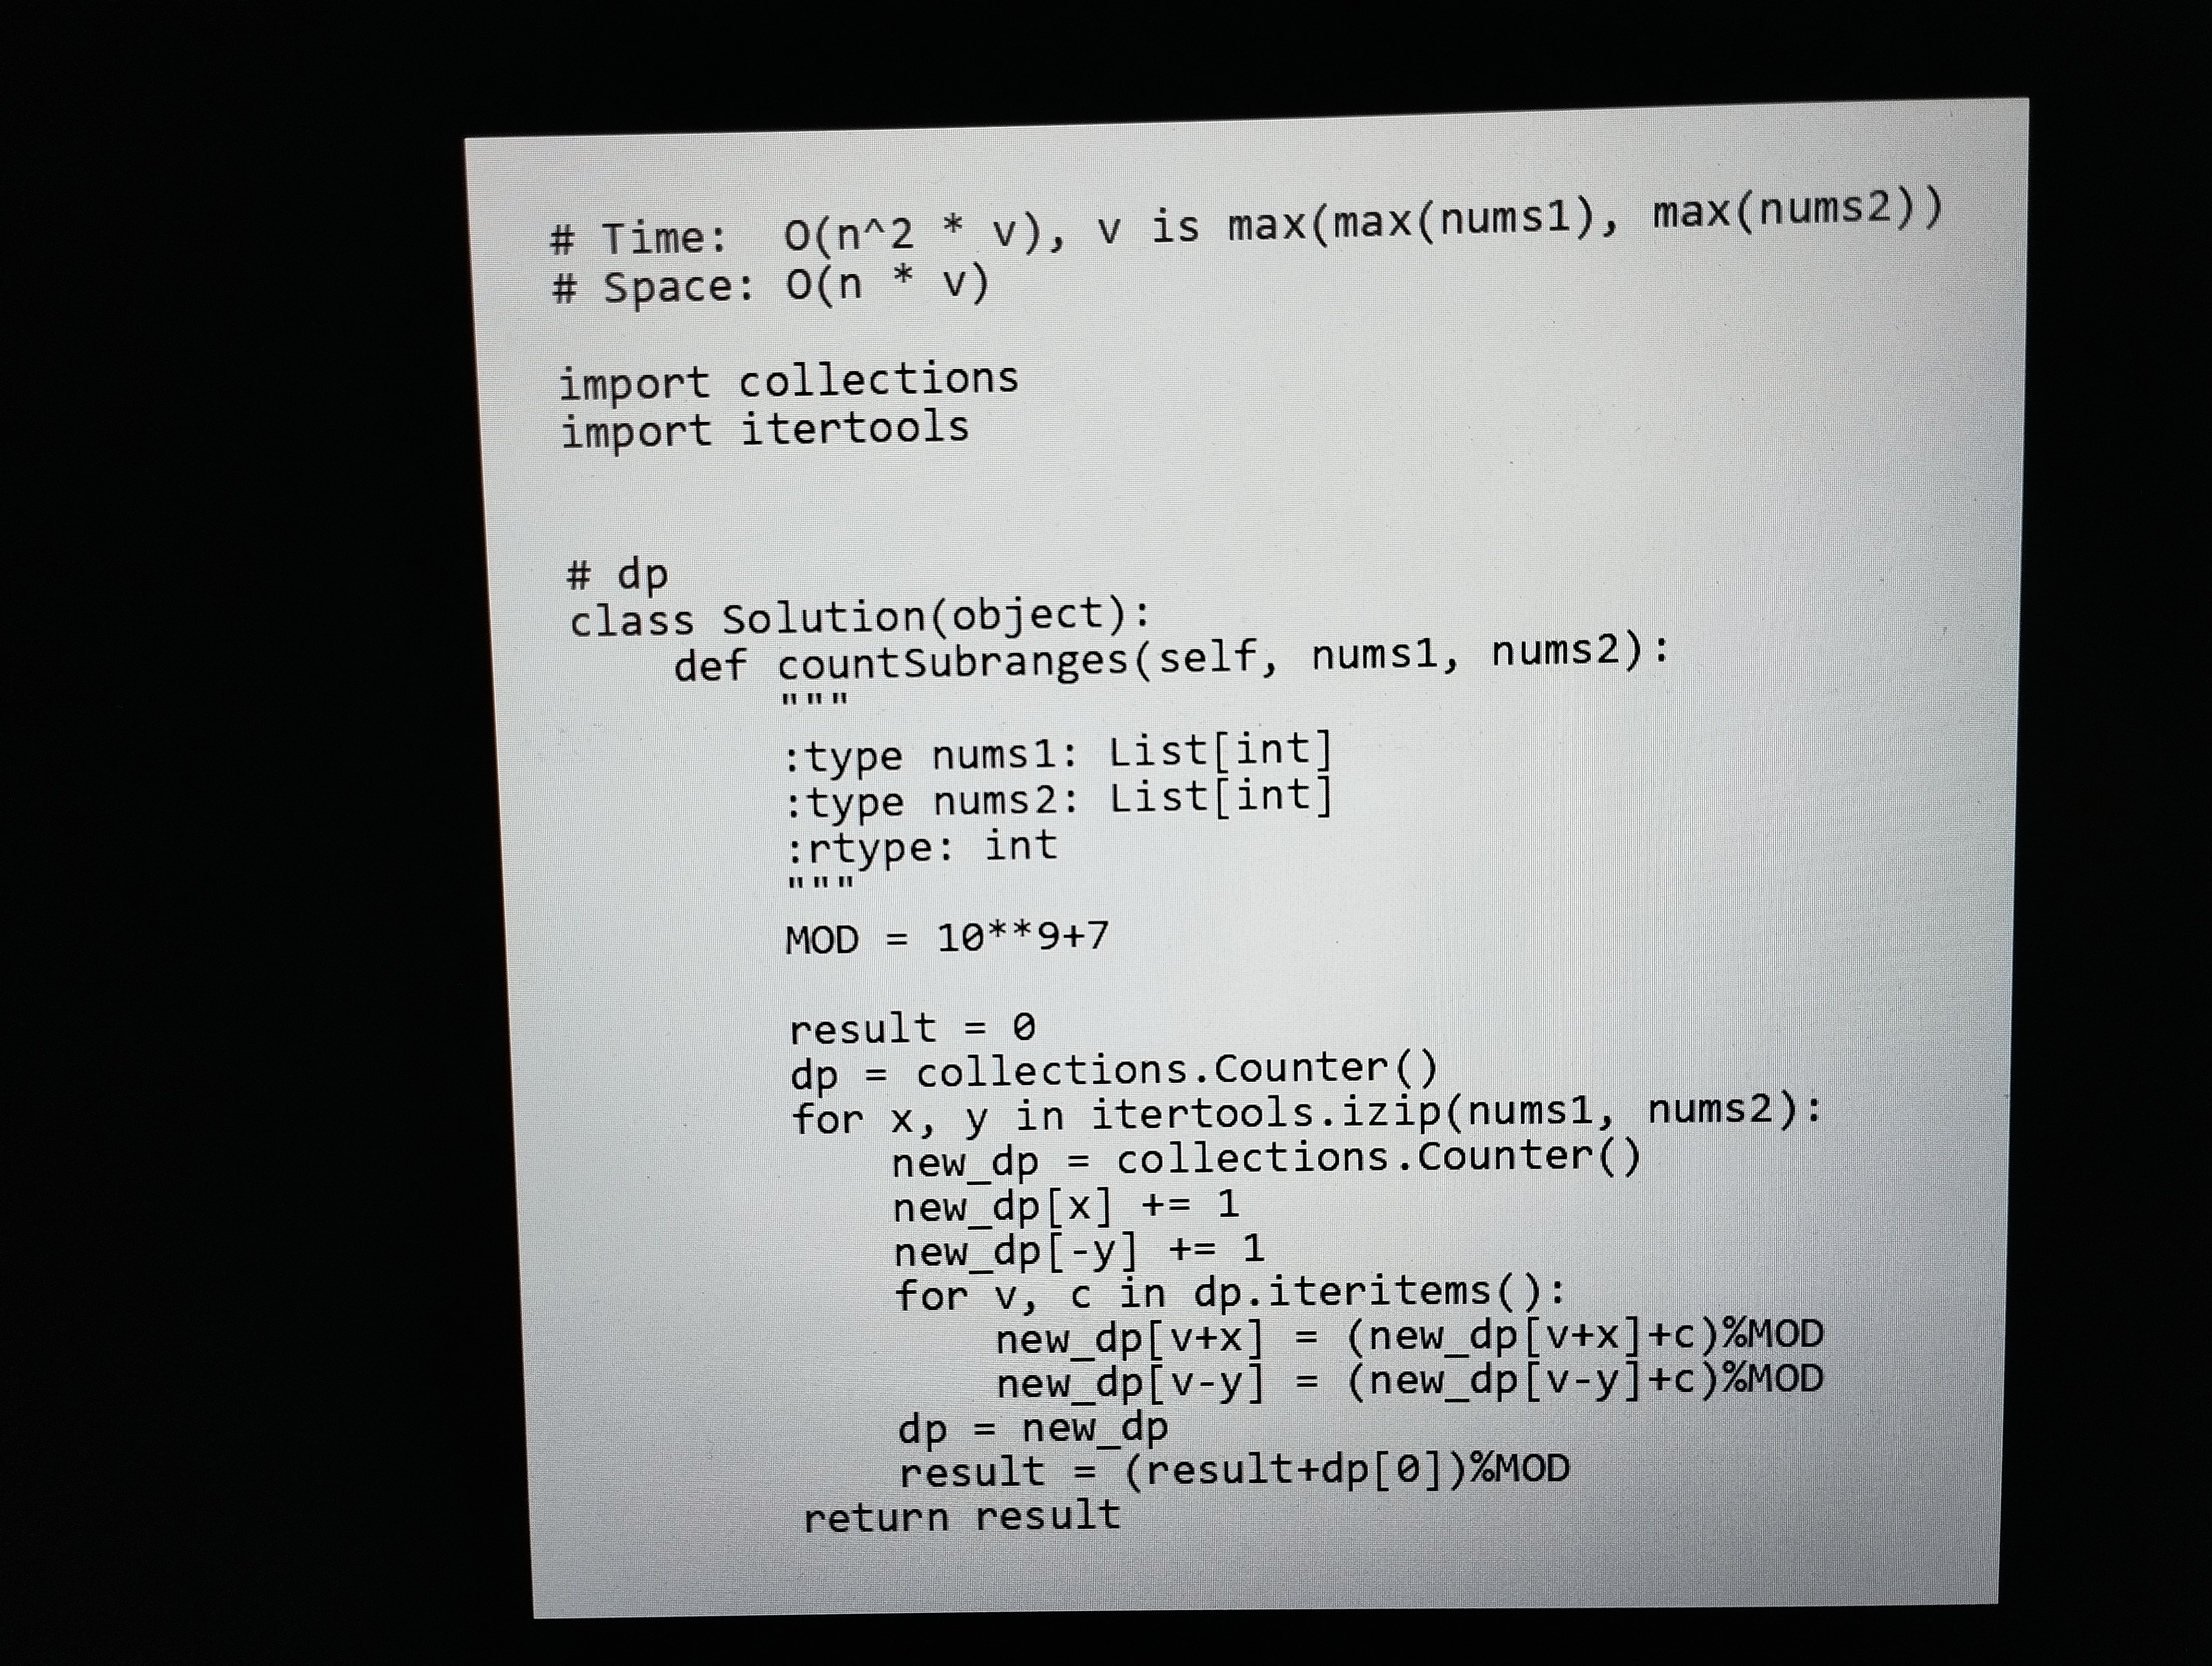
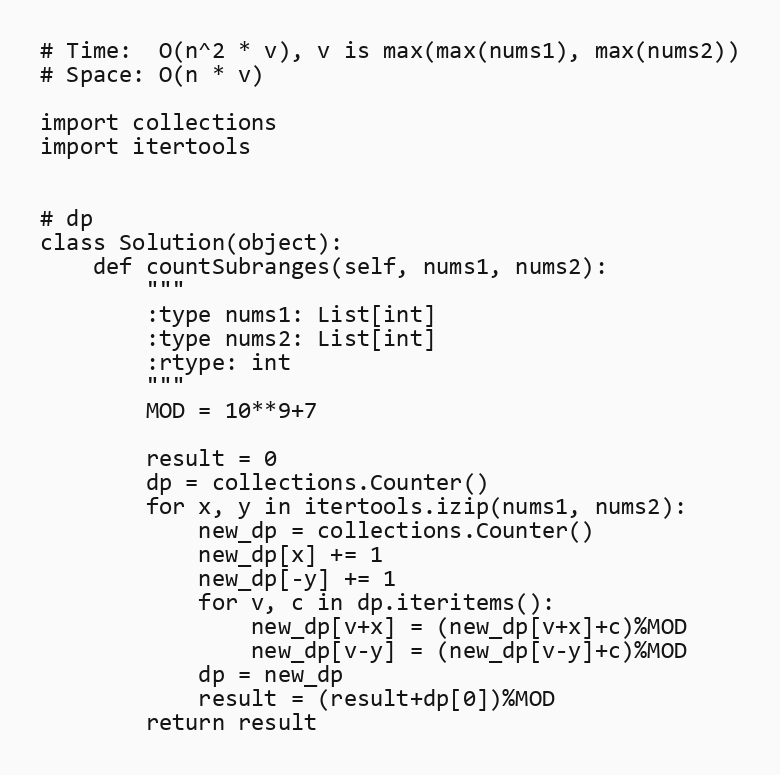
# Time:  O(n^2 * v), v is max(max(nums1), max(nums2))
# Space: O(n * v)

import collections
import itertools

# dp
class Solution(object):
    def countSubranges(self, nums1, nums2):
        """
        :type nums1: List[int]
        :type nums2: List[int]
        :rtype: int
        """
        MOD = 10**9+7

        result = 0
        dp = collections.Counter()
        for x, y in itertools.izip(nums1, nums2):
            new_dp = collections.Counter()
            new_dp[x] += 1
            new_dp[-y] += 1
            for v, c in dp.iteritems():
                new_dp[v+x] = (new_dp[v+x]+c)%MOD
                new_dp[v-y] = (new_dp[v-y]+c)%MOD
            dp = new_dp
            result = (result+dp[0])%MOD
        return result